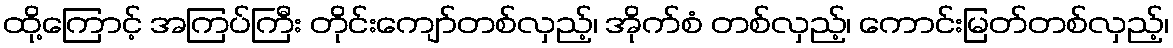
ထို့ကြောင့် အကြပ်ကြီး တိုင်းကျော်တစ်လှည့်၊ အိုက်စံ တစ်လှည့်၊ ကောင်းမြတ်တစ်လှည့်၊